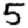
Digit: 5